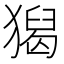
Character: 𤡡